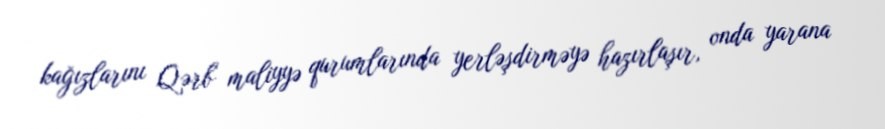
kağızlarını Qərb maliyyə qurumlarında yerləşdirməyə hazırlaşır, onda yarana